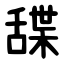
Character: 䑜